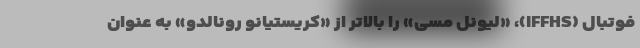
فوتبال (IFFHS)، «لیونل مسی» را بالاتر از «کریستیانو رونالدو» به عنوان